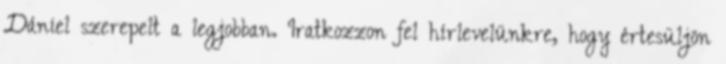
Dániel szerepelt a legjobban. Iratkozzon fel hírlevelünkre, hogy értesüljön